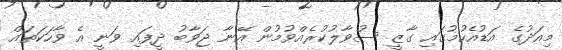
މިއަދުގެ އަޑުއެހުމުގައި ގާޒީ ސުވާލުކުރެއްވުމުން އޭނާ ޖަވާބު ދީފައި ވަނީ އެ ވާހަކަތައް